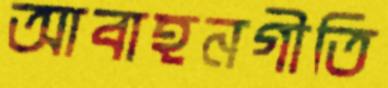
আবাহনগীতি